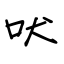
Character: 吠